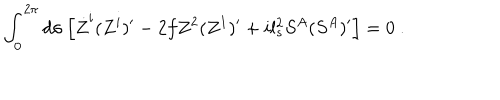
\int _ { 0 } ^ { 2 \pi } d \sigma \left[ \dot { Z } ^ { i } ( Z ^ { i } ) ^ { \prime } - 2 f Z ^ { 2 } ( Z ^ { 1 } ) ^ { \prime } + i l _ { s } ^ { 2 } S ^ { A } ( S ^ { A } ) ^ { \prime } \right] = 0 ~ .